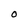
Character: O